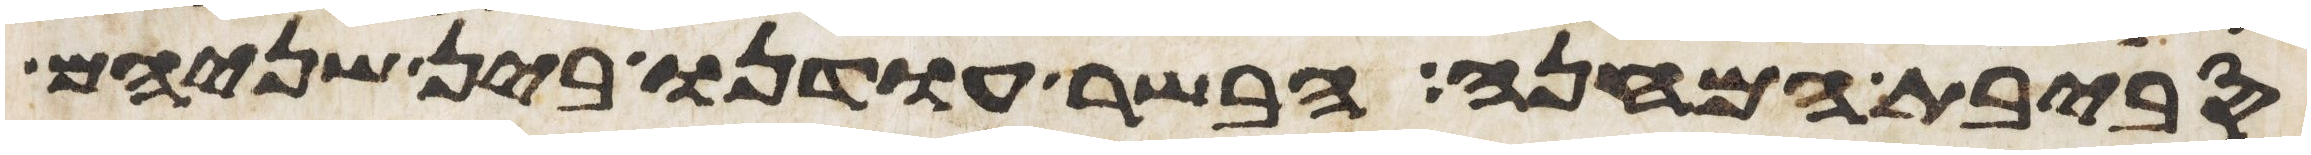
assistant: סביבת המחנה הבשר עודנו בין שניהם